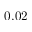
0 . 0 2